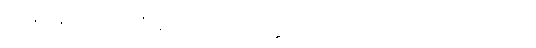
ရဟန်းမိန်းမအား။ ဧတံ (ဧသော ပရိဝိတက္ကော)၊ ဤသို့သော အကြံသည်။ အဟောသိ၊